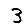
Digit: 3